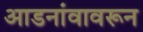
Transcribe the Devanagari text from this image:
आडनांवावरून